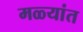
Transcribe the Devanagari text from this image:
मळ्यांत